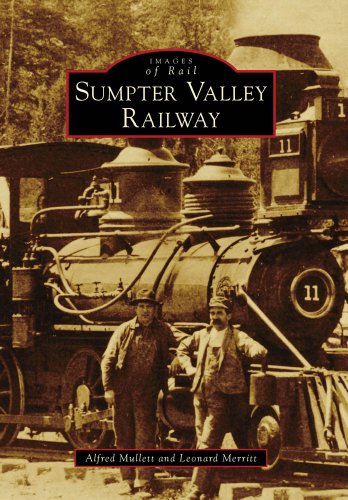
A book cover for Sumpter Valley Railway (OR) (Images of Rail); Alfred Mullett; Arts & Photography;